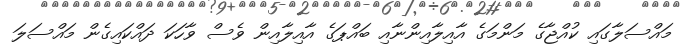
މައްސަލާގައި ކުއްޖާގެ މަންމަގެ އާއިލާއިންނާއި ބައްޕަގެ އާއިލާއިން ވެސް ވާހަކަ ދައްކައިގެން މައްސަލަ